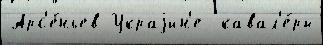
Арс'е́ньев Украjин'е  кавал'е́ры